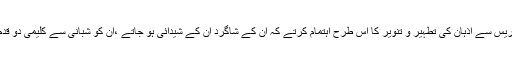
وہ اپنی مؤثر تدریس سے اذہان کی تطہیر و تنویر کا اس طرح اہتمام کرتے کہ ان کے شاگرد ان کے شیدائی ہو جاتے ،ان کو شبانی سے کلیمی دو قدم محسوس ہوتی۔